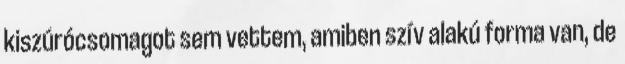
kiszúrócsomagot sem vettem, amiben szív alakú forma van, de